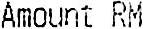
AMOUNT RM